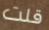
قلت